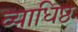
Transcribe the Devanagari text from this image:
व्याधिष्ठ